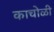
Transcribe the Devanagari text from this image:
काचोळी